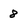
Character: 8